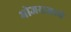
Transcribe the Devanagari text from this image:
भोजराजाचे